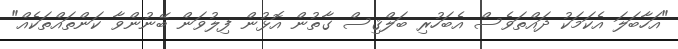
"އަހާބަލަ އެކަމަކު ދައްތަވެސް އެބަހުރި ބަލްޤިސް ގާތުން އޮޅުން ފިލުވަން ބޭނުންވާ ކަންތައްތަކެއް"